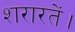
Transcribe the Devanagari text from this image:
शरारतें।